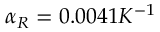
\alpha _ { R } = 0 . 0 0 4 1 K ^ { - 1 }